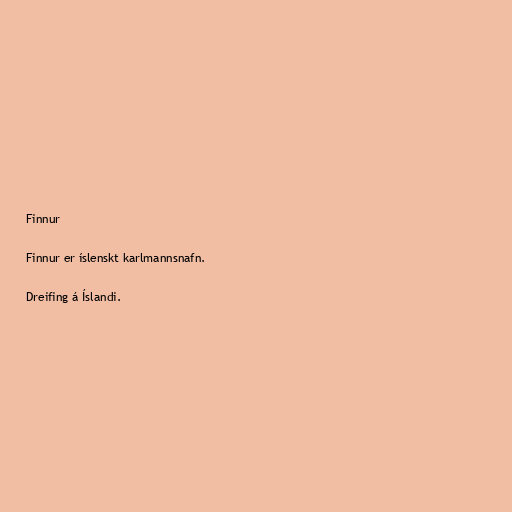
Finnur

Finnur er íslenskt karlmannsnafn.

Dreifing á Íslandi.